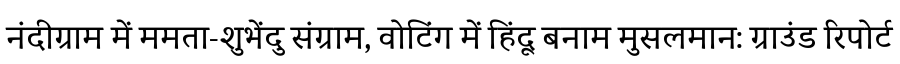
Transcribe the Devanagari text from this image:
नंदीग्राम में ममता-शुभेंदु संग्राम, वोटिंग में हिंदू बनाम मुसलमान: ग्राउंड रिपोर्ट